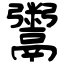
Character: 鬻